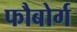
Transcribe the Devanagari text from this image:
फौबोर्ग